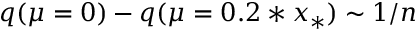
q ( \mu = 0 ) - q ( \mu = 0 . 2 * x _ { * } ) \sim 1 / n